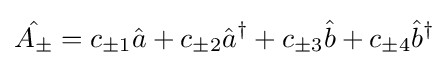
{\hat {A_{\pm }}}=c_{\pm 1}{\hat {a}}+c_{\pm 2}{\hat {a}}^{\dagger }+c_{\pm 3}{\hat {b}}+c_{\pm 4}{\hat {b}}^{\dagger }